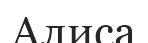
Алиса